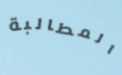
المطالبة